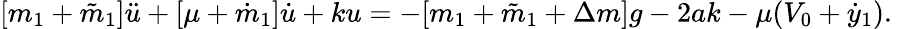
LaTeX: [m_{1}+\tilde{m}_{1}]\ddot{u}+[\mu+\dot{m}_{1}]\dot{u}+ku=-[m_{1}+\tilde{m}_{1}+\Delta m]g-2ak-\mu(V_{0}+\dot{y}_{1}).\; \;